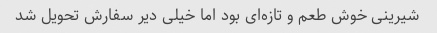
شیرینی خوش طعم و تازه‌ای بود اما خیلی دیر سفارش تحویل شد